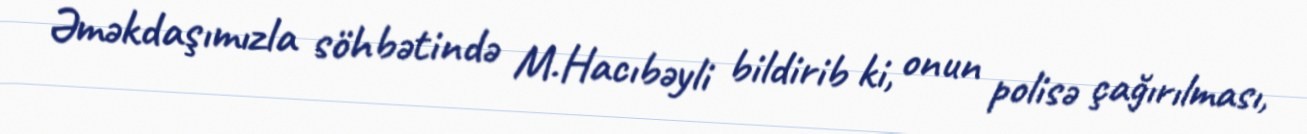
Əməkdaşımızla söhbətində M.Hacıbəyli bildirib ki, onun polisə çağırılması,